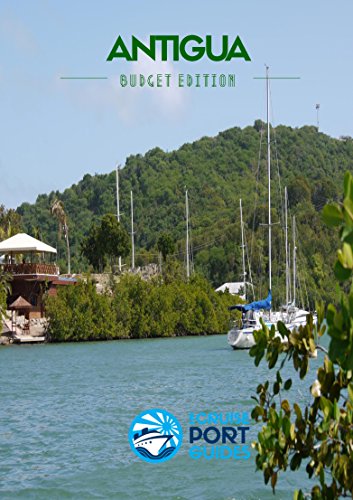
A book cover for Antigua: eCruise Port Guide (Budget Edition Book 3); Travel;